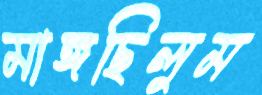
মাঙ্গছিলুম